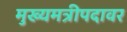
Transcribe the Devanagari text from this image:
मुख्यमत्रीपदावर